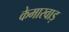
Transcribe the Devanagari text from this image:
केमारवाड़